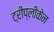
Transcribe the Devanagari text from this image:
ट्रीप्लीकेन